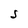
Character: S